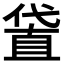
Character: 𠍜